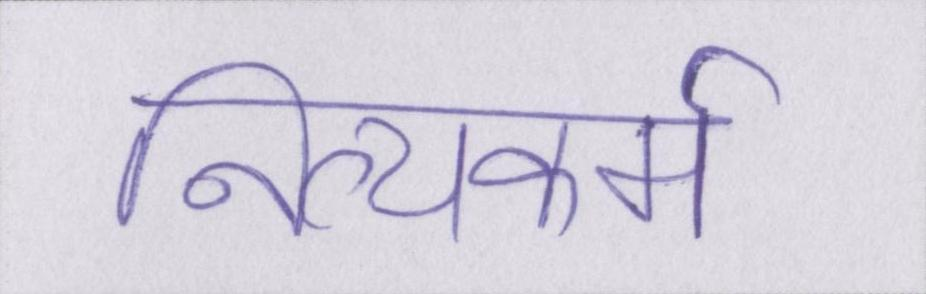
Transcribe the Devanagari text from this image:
नित्यकर्म